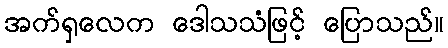
အက်ရှလေက ဒေါသသံဖြင့် ပြောသည်။